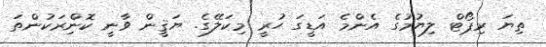
ތިޔަ ރިޕޯޓް ލިޔުމުގެ އެންމެ އަޑީގަ ހުރީ މިކަލޭގެ. ޔަޤީން ވާނީ ކޮންިރަކުންތަ